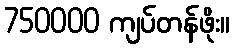
750000 ကျပ်တန်ဖိုး။